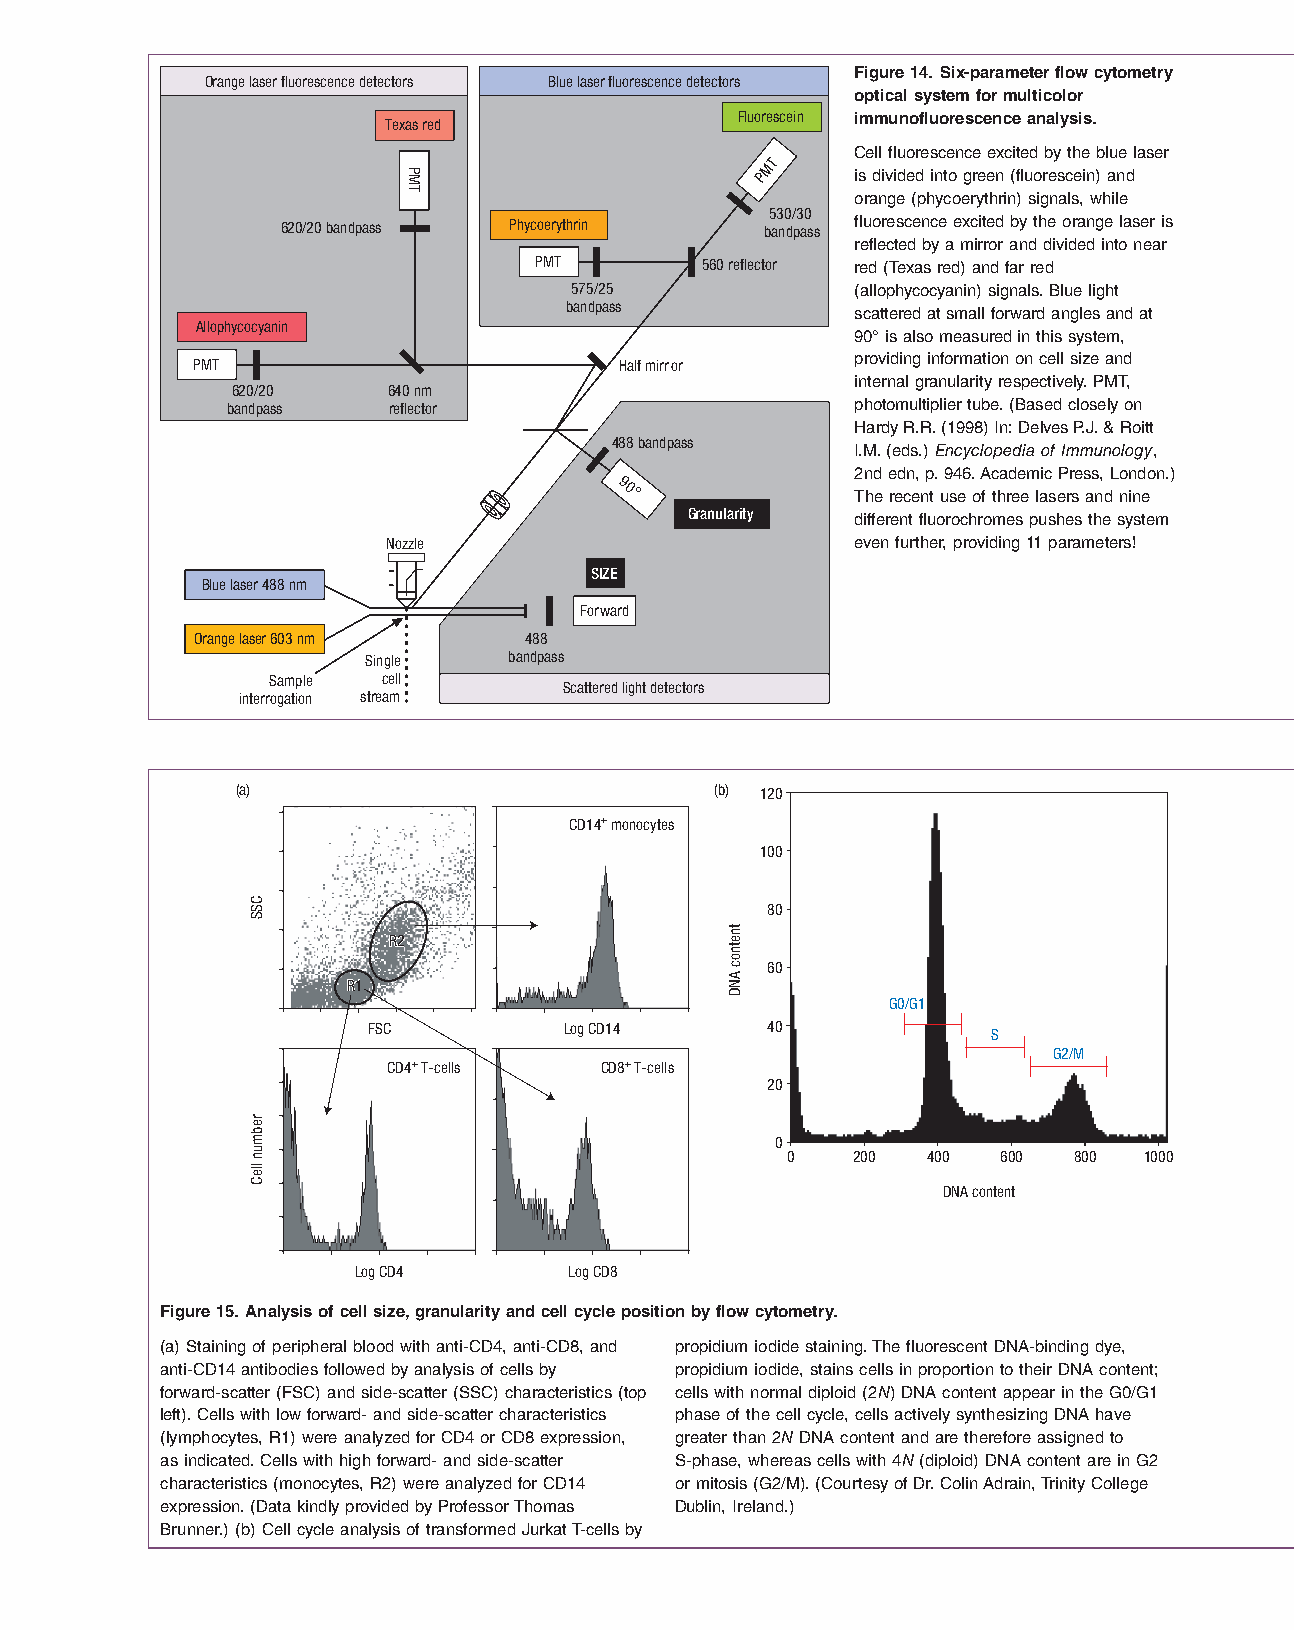
Figure 14. Six-parameter flow cytometry
 Orange laser fluorescence detectors Blue laser fluorescence detectors
 optical system for multicolor
 Fluorescein immunofluorescence analysis.
 Texas red
 Cell fluorescence excited by the blue laser
 MT
 P      is divided into green (fluorescein) and
 orange (phycoerythrin) signals, while
 530/30
 620/20 bandpass Phycoerythrin   bandpass fluorescence excited by the orange laser is
 reflected by a mirror and divided into near
 PMT        560 reflector red (Texas red) and far red
 575/25             (allophycocyanin) signals. Blue light
 bandpass            scattered at small forward angles and at
 Allophycocyanin
 90° is also measured in this system,
 PMT                         Half mirror     providing information on cell size and
 internal granularity respectively. PMT,
 620/20     640 nm
 bandpass   reflector                      photomultiplier tube. (Based closely on
 Hardy R.R. (1998) In: Delves P.J. & Roitt
 488 bandpass
 I.M. (eds.) Encyclopedia of Immunology,
 2nd edn, p. 946. Academic Press, London.)
 90°
 The recent use of three lasers and nine
 Granularity different fluorochromes pushes the system
 Nozzle                         even further, providing 11 parameters!
 SIZE
 Blue laser 488 nm
 Forward
 Orange laser 603 nm   488
 Single    bandpass
 Sample cell
 Scattered light detectors
 interrogation stream
 (a)                            (b) 120
 CD14+ monocytes
 100
 80
 RR22
 60
 RR11
 G0/G1
 FSC          Log CD14      40
 S
 G2/M
 CD4+ T-cells  CD8+ T-cells
 20
 0
 0   200  400  600  800  1000
 DNA content
 Log CD4        Log CD8
 Figure 15. Analysis of cell size, granularity and cell cycle position by flow cytometry.
 (a) Staining of peripheral blood with anti-CD4, anti-CD8, and propidium iodide staining. The fluorescent DNA-binding dye,
 anti-CD14 antibodies followed by analysis of cells by propidium iodide, stains cells in proportion to their DNA content;
 forward-scatter (FSC) and side-scatter (SSC) characteristics (top cells with normal diploid (2N) DNA content appear in the G0/G1
 left). Cells with low forward- and side-scatter characteristics phase of the cell cycle, cells actively synthesizing DNA have
 (lymphocytes, R1) were analyzed for CD4 or CD8 expression, greater than 2N DNA content and are therefore assigned to
 as indicated. Cells with high forward- and side-scatter S-phase, whereas cells with 4N (diploid) DNA content are in G2
 characteristics (monocytes, R2) were analyzed for CD14 or mitosis (G2/M). (Courtesy of Dr. Colin Adrain, Trinity College
 expression. (Data kindly provided by Professor Thomas Dublin, Ireland.)
 Brunner.) (b) Cell cycle analysis of transformed Jurkat T-cells by
 CSS
 rebmun
 lleC
 PMT
 tnetnoc
 AND